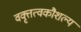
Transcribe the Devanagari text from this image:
वक्तृत्वकौशल्य